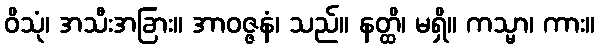
ဝိသုံ၊ အသီးအခြား။ အာဝဇ္ဇနံ၊ သည်။ နတ္ထိ၊ မရှိ။ ကသ္မာ၊ ကား။